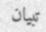
تبيان